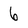
Character: 6